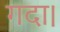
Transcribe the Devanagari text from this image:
गदा।